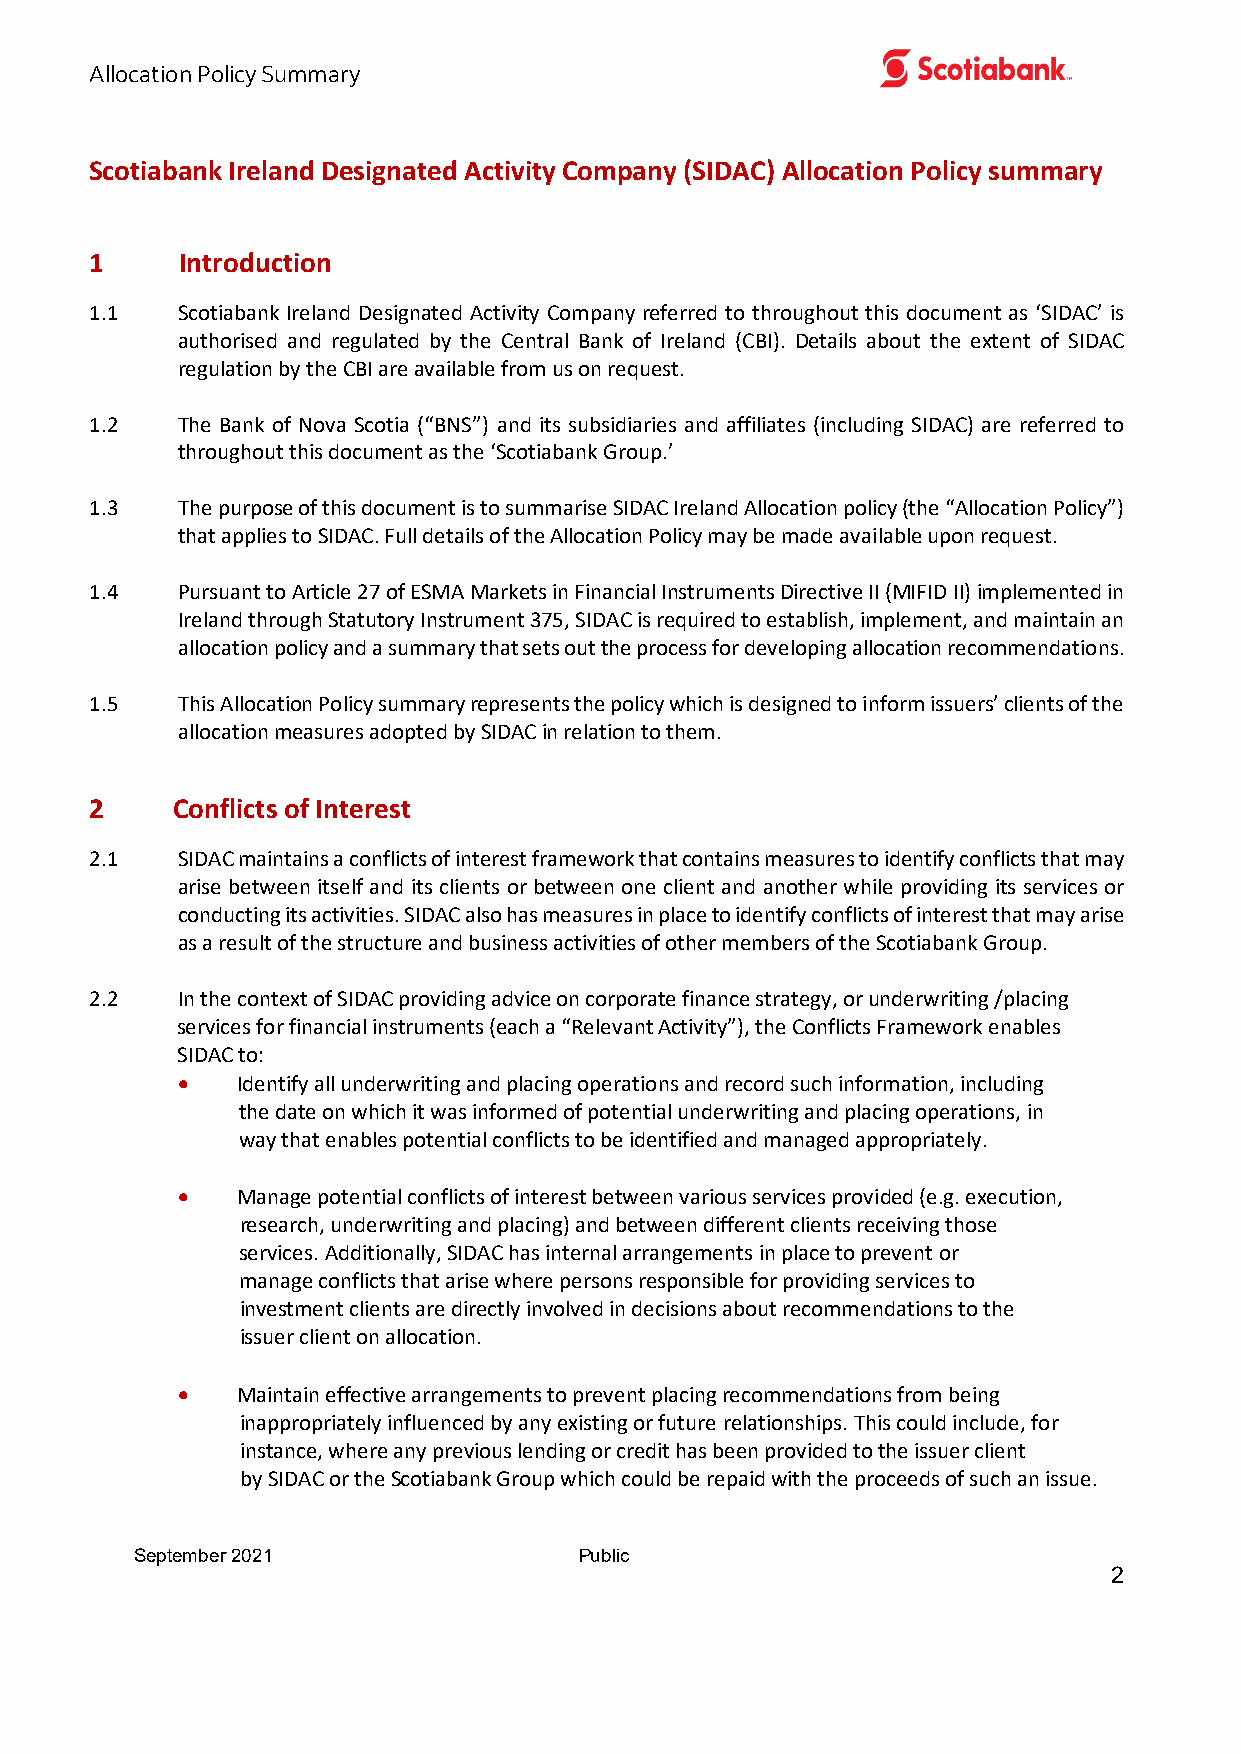
Allocation Policy Summary
 Scotiabank Ireland Designated Activity Company (SIDAC) Allocation Policy summary
 1     Introduction
 1.1   Scotiabank Ireland Designated Activity Company referred to throughout this document as ‘SIDAC’ is
 authorised and regulated by the Central Bank of Ireland (CBI). Details about the extent of SIDAC
 regulation by the CBI are available from us on request.
 1.2   The Bank of Nova Scotia (“BNS”) and its subsidiaries and affiliates (including SIDAC) are referred to
 throughout this document as the ‘Scotiabank Group.’
 1.3   The purpose of this document is to summarise SIDAC Ireland Allocation policy (the “Allocation Policy”)
 that applies to SIDAC. Full details of the Allocation Policy may be made available upon request.
 1.4   Pursuant to Article 27 of ESMA Markets in Financial Instruments Directive II (MIFID II) implemented in
 Ireland through Statutory Instrument 375, SIDAC is required to establish, implement, and maintain an
 allocation policy and a summary that sets out the process for developing allocation recommendations.
 1.5   This Allocation Policy summary represents the policy which is designed to inform issuers’ clients of the
 allocation measures adopted by SIDAC in relation to them.
 2    Conflicts of Interest
 2.1   SIDAC maintains a conflicts of interest framework that contains measures to identify conflicts that may
 arise between itself and its clients or between one client and another while providing its services or
 conducting its activities. SIDAC also has measures in place to identify conflicts of interest that may arise
 as a result of the structure and business activities of other members of the Scotiabank Group.
 2.2   In the context of SIDAC providing advice on corporate finance strategy, or underwriting /placing
 services for financial instruments (each a “Relevant Activity”), the Conflicts Framework enables
 SIDAC to:
 •   Identify all underwriting and placing operations and record such information, including
 the date on which it was informed of potential underwriting and placing operations, in
 way that enables potential conflicts to be identified and managed appropriately.
 •   Manage potential conflicts of interest between various services provided (e.g. execution,
 research, underwriting and placing) and between different clients receiving those
 services. Additionally, SIDAC has internal arrangements in place to prevent or
 manage conflicts that arise where persons responsible for providing services to
 investment clients are directly involved in decisions about recommendations to the
 issuer client on allocation.
 •   Maintain effective arrangements to prevent placing recommendations from being
 inappropriately influenced by any existing or future relationships. This could include, for
 instance, where any previous lending or credit has been provided to the issuer client
 by SIDAC or the Scotiabank Group which could be repaid with the proceeds of such an issue.
 September 2021               Public
 2